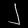
Digit: ၂